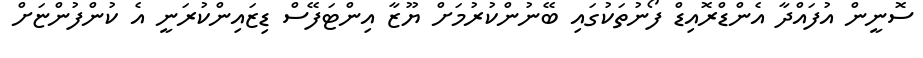
ސޮނީން އުފައްދާ އެންޑްރޮއިޑް ފޯނުތަކުގައި ބޭނުންކުރުމަށް ޔޫޒާ އިންޓަފޭސް ޑިޒައިންކުރަނީ އެ ކުންފުންޏަށް